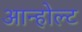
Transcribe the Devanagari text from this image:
आन्होल्ट